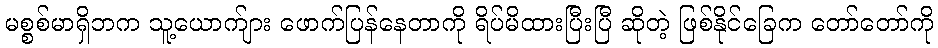
မစ္စစ်မာရှိဘက သူ့ယောက်ျား ဖောက်ပြန်နေတာကို ရိပ်မိထားပြီးပြီ ဆိုတဲ့ ဖြစ်နိုင်ခြေက တော်တော်ကို